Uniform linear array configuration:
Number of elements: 32
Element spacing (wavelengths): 0.75
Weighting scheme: uniform
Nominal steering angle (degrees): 60
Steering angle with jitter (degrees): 60.348
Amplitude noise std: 0.05
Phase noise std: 0.05

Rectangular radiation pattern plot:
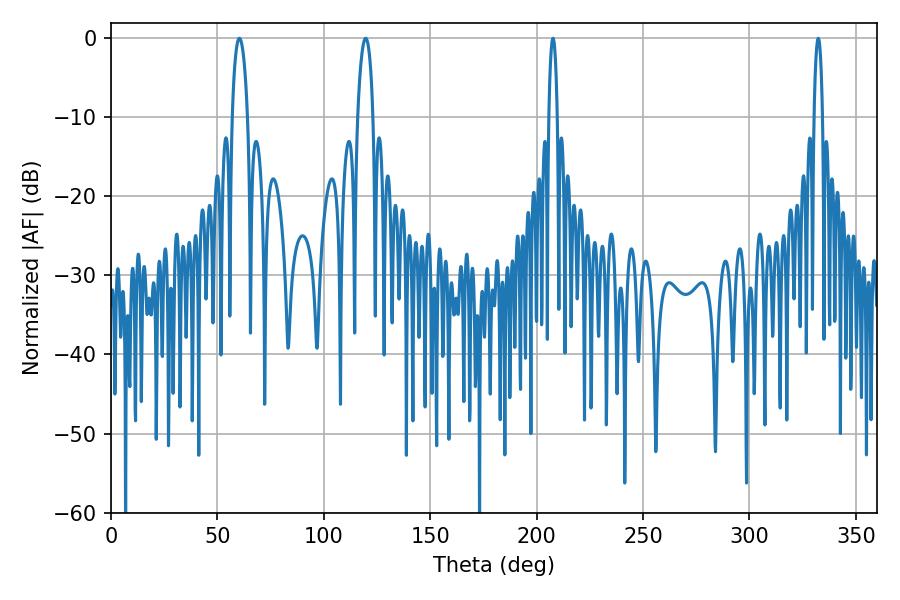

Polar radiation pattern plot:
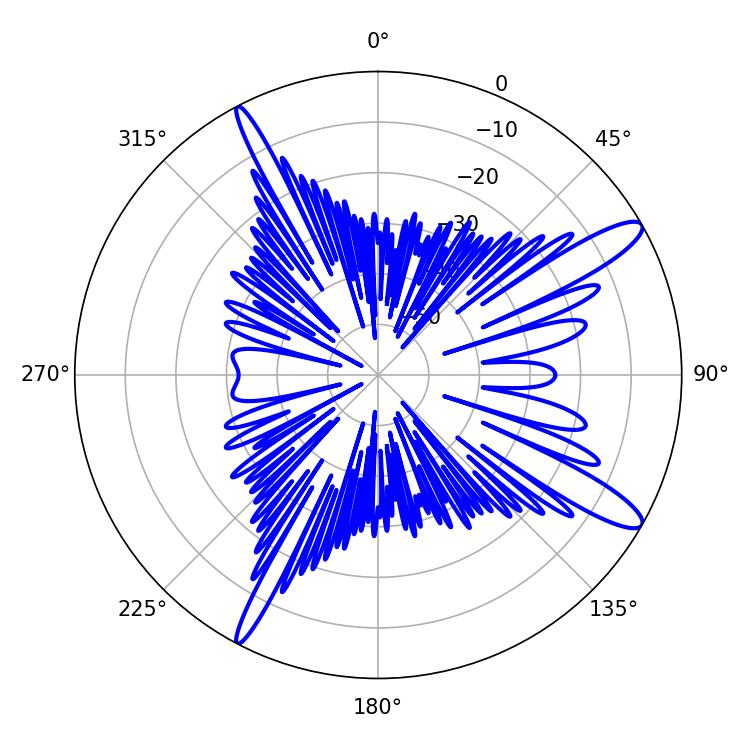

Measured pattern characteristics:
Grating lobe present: TRUE
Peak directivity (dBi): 12.95
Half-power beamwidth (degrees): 4.14
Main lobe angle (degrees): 60.3